Report on vaccination in Madras 1922-1929 - 1922-1929
Year: 1922
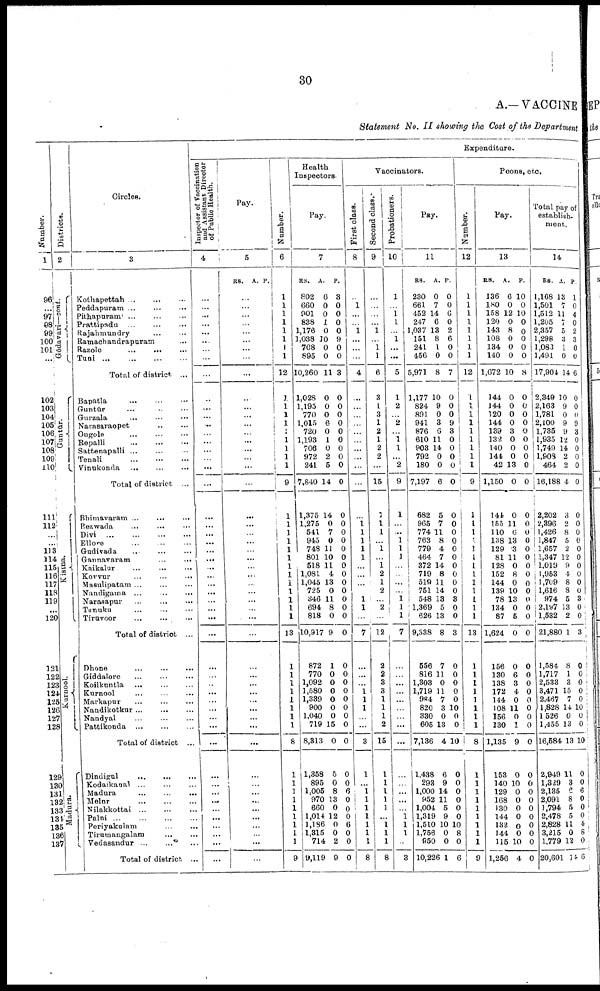
30
A.—VACCINE
Statement No. II showing the Cost of the Department
Number.
1
96
...
97
98
99
100
101
...
102
103
104
105
106
107
108
109
110
111
112
....
...
113
114
115
116
117
118
119
...
120
121
122
123
124
125
126
127
128
129
130
131
132
133
134
135
136
137
Districts.
2
Gōdāvari—cont.
Guntūr.
Kistna.
Kurnool.
Madura.
Circles.
3
Kothapettah ... ... ...
Peddapuram
...
...
...
Pithapuram
...
...
...
Prattipadu ... ... ...
Rajahmundry ... ...
Ramachandrapuram ...
Razole ... ... ...
Tuni
...
...
...
...
Total of district ...
Bapatla ... ... ...
Guntūr ... ... ...
Gurzala ... ... ...
Narasaraopet ... ...
Ongole ... ... ...
Repalli ... ... ...
Sattenapalli ... ... ...
Tenali
...
...
...
Vinukonda ... ... ...
Total of district ...
Bhimavaram ... ... ...
Bezwada ... ... ...
Divi
...
...
...
...
Ellore
...
...
...
Gudivada ... ... ...
Gannavaram
...
...
...
Kaikalur
...
...
...
Kovvur ... ... ...
Masulipatam ... ... ...
Nandigama
...
...
...
Narasapur
...
...
...
Tanuku ... ... ...
Tiruvoor ... ... ...
Total of district ...
Dhone ... ... ...
Giddalore ... ... ...
Koilkuntla
...
...
...
Kurnool ... ... ...
Markapur ... ... ...
Nandikotkur ... ... ...
Nandyal ... ...
Pattikonda
...
...
...
Total of district ...
Dindigul
...
...
...
Kodaikaual ... ... ...
Madura ... ... ...
Melur
...
...
...
Nilakkottai ... ... ...
Palni
...
...
...
...
Periyakulam ... ...
Tirumangalam
...
...
Vedasandur
...
...
...
Total of district ...
Expenditure.
Inspector of Vaccination
and Assistant Director
of Public Health.
4
...
...
...
...
...
...
...
...
...
...
...
...
...
...
...
...
...
...
...
...
...
...
...
...
...
...
...
...
...
...
...
...
...
...
...
...
...
...
...
...
...
...
...
...
...
...
...
...
...
...
...
...
Pay.
5
RS. A. P.
...
...
...
...
...
...
...
...
...
...
...
...
...
...
...
...
...
...
...
...
...
...
...
...
...
...
...
...
...
...
...
. ...
...
...
...
...
...
...
...
...
...
...
...
...
...
...
...
...
...
...
...
...
Number.
6
1
1
1
1
1
1
1
1
12
1
1
1
1
1
1
1
1
1
9
1
1
1
1
1
1
1
1
1
1
1
1
1
13
1
1
1
1
1
1
1
1
8
1
1
1
1
1
1
1
1
1
9
Health
Inspectors.
Pay.
7
RS.
802
660
901
838
1,176
1,038
708
895
10,260
1,028
1,195
770
1,015
720
1,193
706
972
241
7,840
1,375
1,275
541
945
748
801
518
1,081
1,045
725
346
694
818
10,917
872
770
1,092
1,580
1,339
900
1,040
719
8,313
1,358
895
1,005
970
660
1,014
1,186
1,315
714
9,119
A.
6
0
0
1
0
10
0
0
11
0
0
0
6
0
1
0
2
5
14
14
0
7
0
11
10
11
4
13
0
11
8
0
9
1
0
0
0
0
0
0
15
0
5
0
8
13
0
12
0
0
2
9
P.
3
0
0
0
0
9
0
0
3
0
0
0
0
0
0
0
0
0
0
0
0
0
0
0
0
0
0
0
0
0
0
0
0
0
0
0
0
0
0
0
0
0
0
0
6
0
0
0
6
0
0
0
Vaccinators.
First class.
8
...
1
...
...
1
...
...
...
4
...
...
...
...
...
...
...
...
...
...
...
1 1
1
1
1
...
...
...
1
1
...
7
...
...
...
1
1
1
...
...
3
1
...
1
1
1
1
1
1
1
8
Second class.
9
...
...
...
...
1
...
1
1
6
3
1
3
1
2
1
2
2
...
15
1
1
1
...
1
...
1 2
1
2
...
2
...
12
2
2
3
3
1
1
1
2
15
1
1
1
1
1
...
1
1
1
8
Probationers.
10
1
...
1
1
...
1
...
...
5
1
2
...
2
...
1 1
...
2
9
1
...
...
1
1
1
...
...
...
...
1
1
1
7
...
...
...
...
...
...
...
...
...
...
...
...
...
...
1
1
1
...
3
Pay.
11
RS.
230
661
452
247
1,037
151
241
456
5,971
1,177
824
891
941
876
610
903
792
180
7,197
682
965
774
763
779
464
372
719
519
751
548
1,369
626
9,338
556
816
1,303
1,719
904
820
330
605
7,136
1,438
293
1,000
952
1,004
1,319
1,510
1,756
950
10,226
A.
0
7
14
6
18
8
1
0
8
10
9
0
3
6
11
14
0
0
6
5
7
11
8
4
7
14
8
11
14
13
5
13
8
7
11
0
11
7
3
0
13
4
6
9
14
11
5
9
10
0
0
1
P.
0
0
6
0
2
6
0
0
7
0
0
0
9
3
0
0
0
0
0
0
0
0
0
0
0
0
0
0
0
3
0
0
3
0
0
0
0
0
10
0
0
10
0
0
0
0
0
0
10
8
0
6
Peons, etc.
Number.
12
1
1
1
1
1
1
1
1
12
1
1
1
1
1
1
1
1
1
9
1
1
1
1
1
1
1
1
1
1
1
1
1
13
1
1
1
1
1
1
1
1
8
1
1
1
1
1
1
1
1
1
9
Pay.
13
RS.
136
180
158
120
143
108
134
140
1,672
144
144
120
144
139
132
140
144
42
1,150
141
155
110
138
129
81
128
152
144
139
78
134
87
1,624
156
130
138
172
144
108
156
130
1,135
153
140
129
168
130
144
182
144
115
1,256
A.
6
0
12
0
8
0
0
0
10
0
0
0
0
3
0
0
0
13
0
0
11
6
13
3
11
0
8
0
10
13
0
5
0
0
6
3
4
0
11
0
1
9
0
10
0
0
0
0
0
0
10
4
P.
10
0
10
0
0
0
0
0
8
0
0
0
0
0
0
0
0
0
0
0
0
0
0
0
0
0
0
0
0
0
0
0
0
0
0
0
0
0
0
0
0
0
0
0
0
0
0
0
0
0
0
0
Total pay of
establish-
ment.
14
RS.
1,168
1,501
1,512
1,205
2,357
1,298
1,083
1,491
17,904
2,349
2,163
1,781
2,100
1,735
1,935
1,749
1,903
464
16,188
2,202
2,396
1,426
1,847
1,657
1,347
1,019
1,953
1,709
1,616
974
2,197
1,532
21,880
1,584
1,717
2,533
3,471
2,467
1,828
1,526
1,455
16,584
2,949
1,329
2,135
2,091
1,794
2,478
2,828
3,215
1,779
20,601
A.
13
7
11
7
5
3
1
0
14
10
9
0
9
9
12
14
2
2
4
3
2
8
5
2
12
9
4
8
8
5
13
2
1
8
1
3
15
7
14
0
13
13
11
3
6
8
5
5
11
0
12
14
P.
1
0
4
0
2
3
0
0
6
0
0
0
9
3
0
0
0
0
0
0
0
0
0
0
0
0
0
0
0
3
0
0
3
0
0
0
0
0
10
0
0
10
0
0
6
0
0
0
4
8
0
6